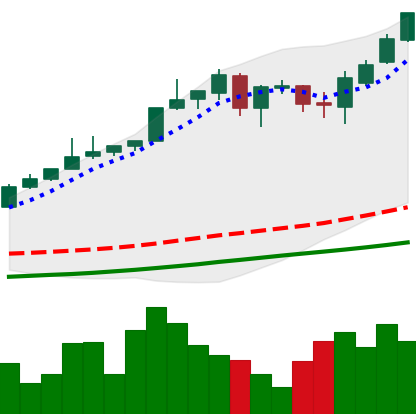
Ticker: BTC-USD
Chart end date: 2017-05-20
Forward return: 10.565%
Label: up_7plus